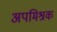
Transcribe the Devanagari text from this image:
अपमिश्रक